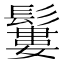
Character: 𩯁